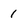
Character: 1